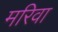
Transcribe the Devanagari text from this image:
मरिवा